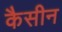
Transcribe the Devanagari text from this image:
कैसीन